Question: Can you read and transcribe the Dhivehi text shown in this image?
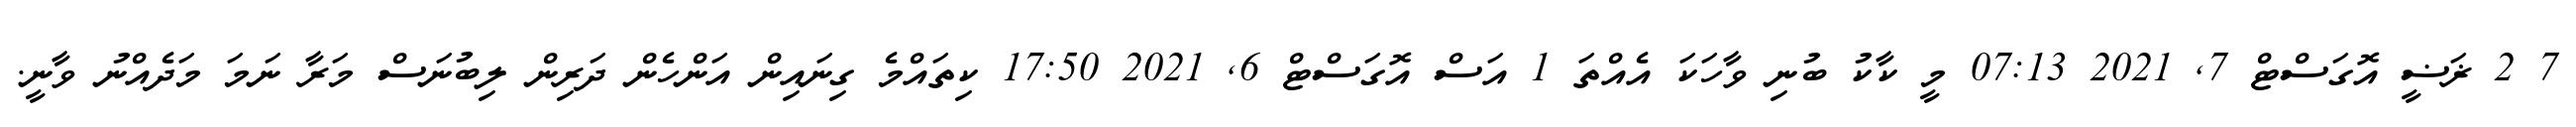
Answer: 7 2 ޜަޟީ އޮގަސްޓް 7, 2021 07:13 މީ ކާކު ބުނި ވާހަކަ އެއްތަ 1 އަސް އޮގަސްޓް 6, 2021 17:50 ކިތައްމެ ގިނައިން އަންހެން ދަރިން ލިބުނަސް މަރާ ނަމަ މަދެއްނު ވާނީ.